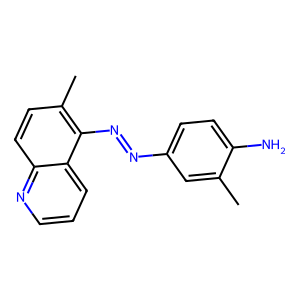
SMILES: Cc1cc(N=Nc2c(C)ccc3ncccc23)ccc1N
Inhibits HIV replication: No